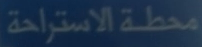
محطة الاستراحة